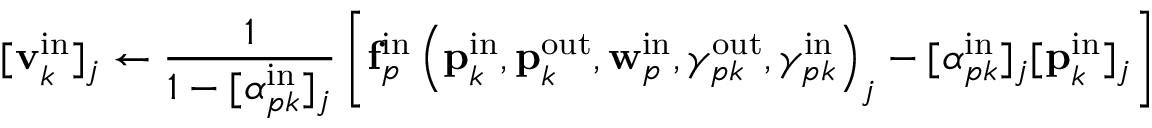
[ \mathbf { v } _ { k } ^ { \mathrm { i n } } ] _ { j } \gets \frac { 1 } { 1 - [ \alpha _ { p k } ^ { \mathrm { i n } } ] _ { j } } \left[ \mathbf { f } _ { p } ^ { \mathrm { i n } } \left( \mathbf { p } _ { k } ^ { \mathrm { i n } } , \mathbf { p } _ { k } ^ { \mathrm { o u t } } , \mathbf { w } _ { p } ^ { \mathrm { i n } } , \gamma _ { p k } ^ { \mathrm { o u t } } , \gamma _ { p k } ^ { \mathrm { i n } } \right) _ { j } - [ \alpha _ { p k } ^ { \mathrm { i n } } ] _ { j } [ \mathbf { p } _ { k } ^ { \mathrm { i n } } ] _ { j } \right]